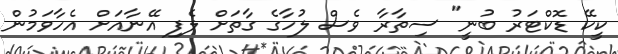
ކީކޭ ޑޮކްޓަރު ބުނީ" ސިތާރާ ވެސް ލުހާގެ ގާތަށް ލެފި އޭނާއަށް އެހާވަމުން